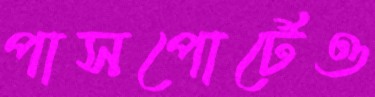
পাসপোর্টেও